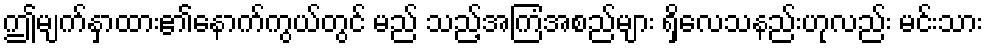
ဤမျက်နှာထား၏နောက်ကွယ်တွင် မည် သည့်အကြံအစည်များ ရှိလေသနည်းဟုလည်း မင်းသား